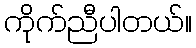
ကိုက်ညီပါတယ်။